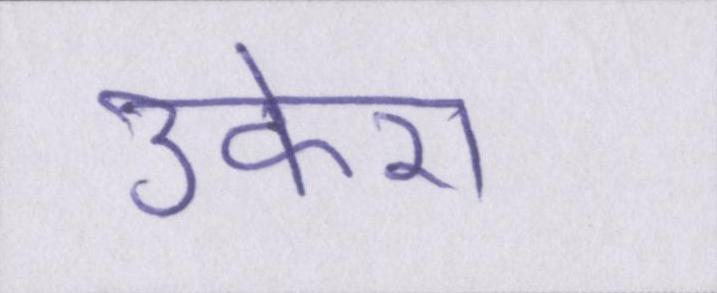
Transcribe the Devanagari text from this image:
उकेरा